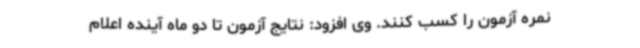
نمره آزمون را کسب کنند. وی افزود: نتایج آزمون تا دو ماه آینده اعلام